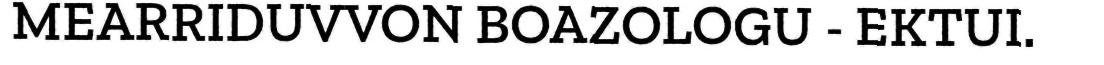
MEARRIDUVVON BOAZOLOGU - EKTUI.